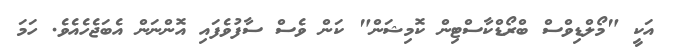
އަކީ "މޯލްޑިވްސް ބްރޯޑްކާސްޓިން ކޮމިޝަން" ކަން ވެސް ސާފުވެފައި އޮންނަން އެބަޖެހެއެވެ. ހަމަ